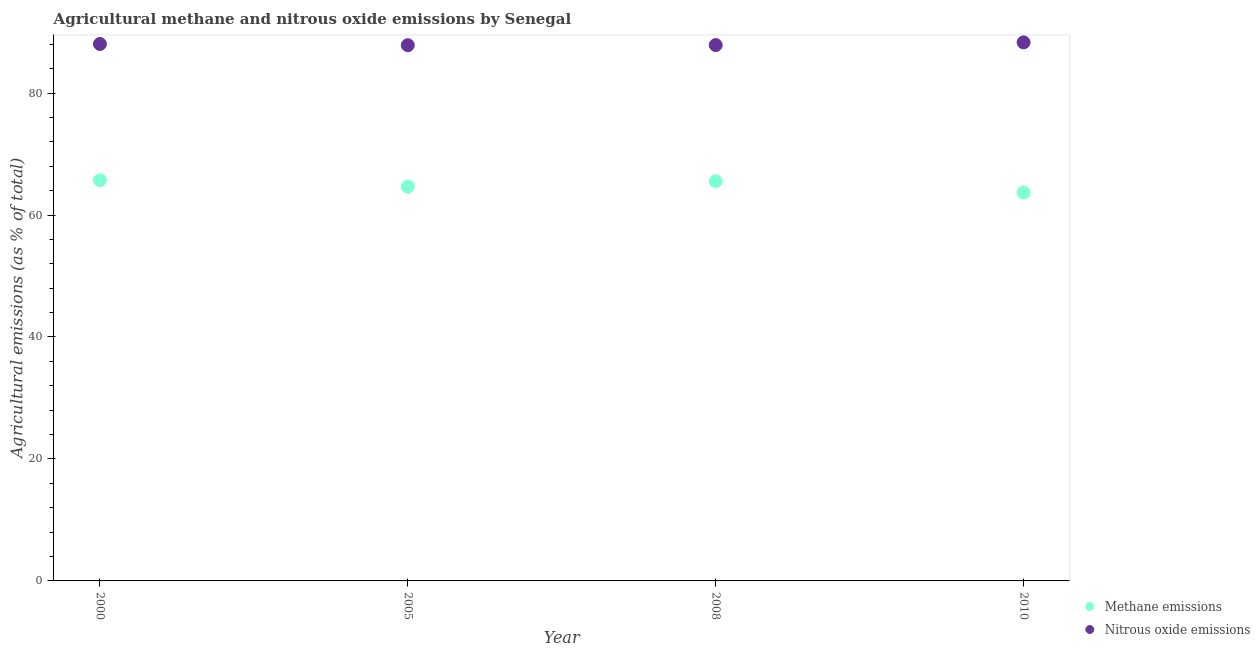
| Year | Methane emissions | Nitrous oxide emissions |
 | --- | --- | --- |
 | 2000 | 65.7 | 88.1 |
 | 2005 | 64.7 | 87.9 |
 | 2008 | 65.5 | 87.9 |
 | 2010 | 63.7 | 88.3 |